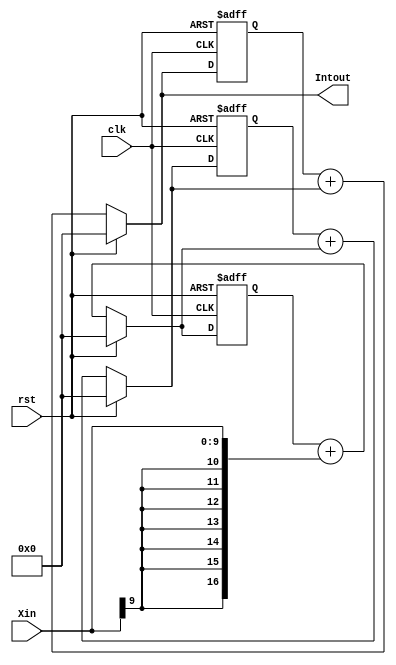
module Integrated(
	rst,clk,Xin,
	Intout
);

input rst;	// 
input clk;	//2KHz
input signed [9:0]		Xin;	//2KHz
output signed [16:0]	Intout;	//

//+
wire signed [16:0] 	I1,I2,I3,temp;
reg	signed	[16:0]	d1,d2,d3;


//1
always@(posedge clk or posedge rst)
	if(rst)
		d1 <= 17'd0;
	else
		d1 <= I1;
		
//
assign I1 = (rst ? 17'd0 :(d1+{{7{Xin[9]}},Xin}));	
//
assign temp = {{7{Xin[9]}},Xin};	

//2
always@(posedge clk or posedge rst)
	if(rst)
		d2 <= 17'd0;
	else
		d2 <= I2;
//		
assign I2 = (rst ? 17'd0 : (d2+I1));

//3
always@(posedge clk or posedge rst)
	if(rst)
		d3 <= 17'd0;
	else
		d3 <= I3;
//		
assign I3 = (rst ? 17'd0 : (d3+I2));

//
assign Intout = I3;	


endmodule